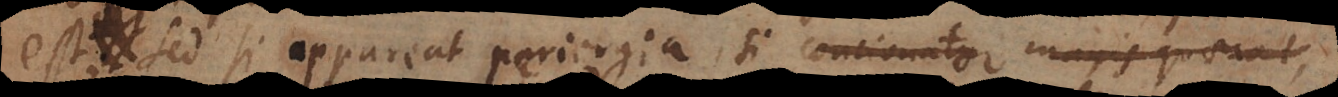
est, sed si appareat periergia, si concionator magis quaerant,